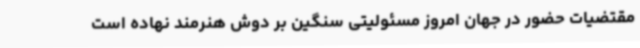
مقتضیات حضور در جهان امروز مسئولیتی سنگین بر دوش هنرمند نهاده است